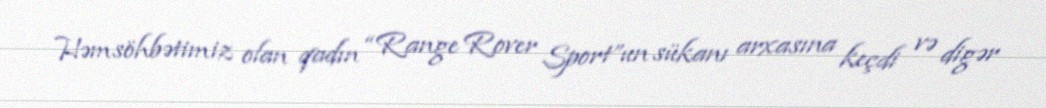
Həmsöhbətimiz olan qadın “Range Rover Sport”un sükanı arxasına keçdi və digər